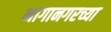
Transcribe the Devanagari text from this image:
भागानगरच्या